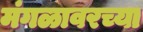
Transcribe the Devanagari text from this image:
मंगळावरच्या